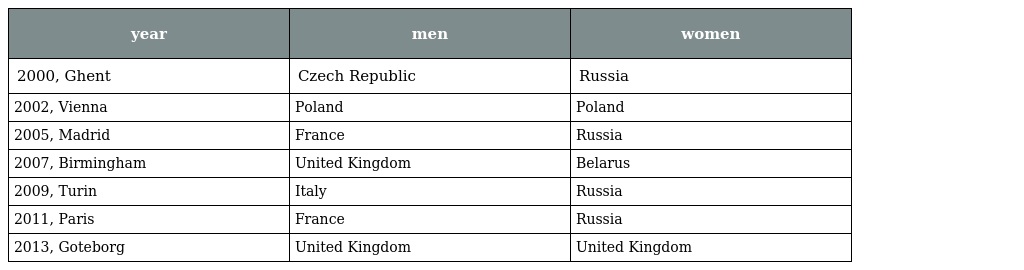
| year | men | women |
 | --- | --- | --- |
 | 2000, Ghent | Czech Republic | Russia |
 | 2002, Vienna | Poland | Poland |
 | 2005, Madrid | France | Russia |
 | 2007, Birmingham | United Kingdom | Belarus |
 | 2009, Turin | Italy | Russia |
 | 2011, Paris | France | Russia |
 | 2013, Goteborg | United Kingdom | United Kingdom |